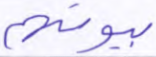
بيوتهم